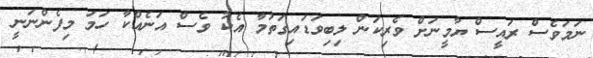
ނަމަވެސް ރައީސް ޔާމީނަށް ވެރިކަން ލިބިވަޑައިގަތުމާ އެކު ވެސް އަނެއްކާ ހަމަ މިފެންނަނީ